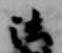
法